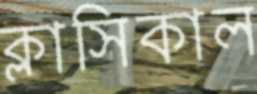
ক্লাসিকাল